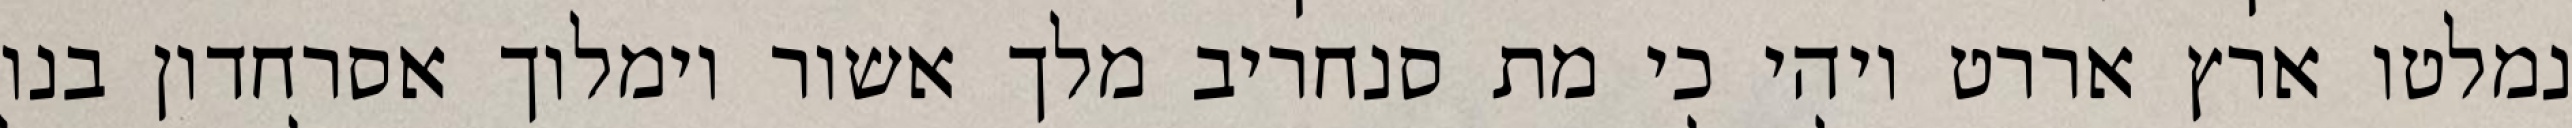
נמלטו ארץ אררט ויהי כי מת סנחריב מלך אשור וימלוך אסרחדון בנו